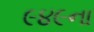
૯૪૯ના